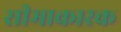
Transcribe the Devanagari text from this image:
सीमाकारक